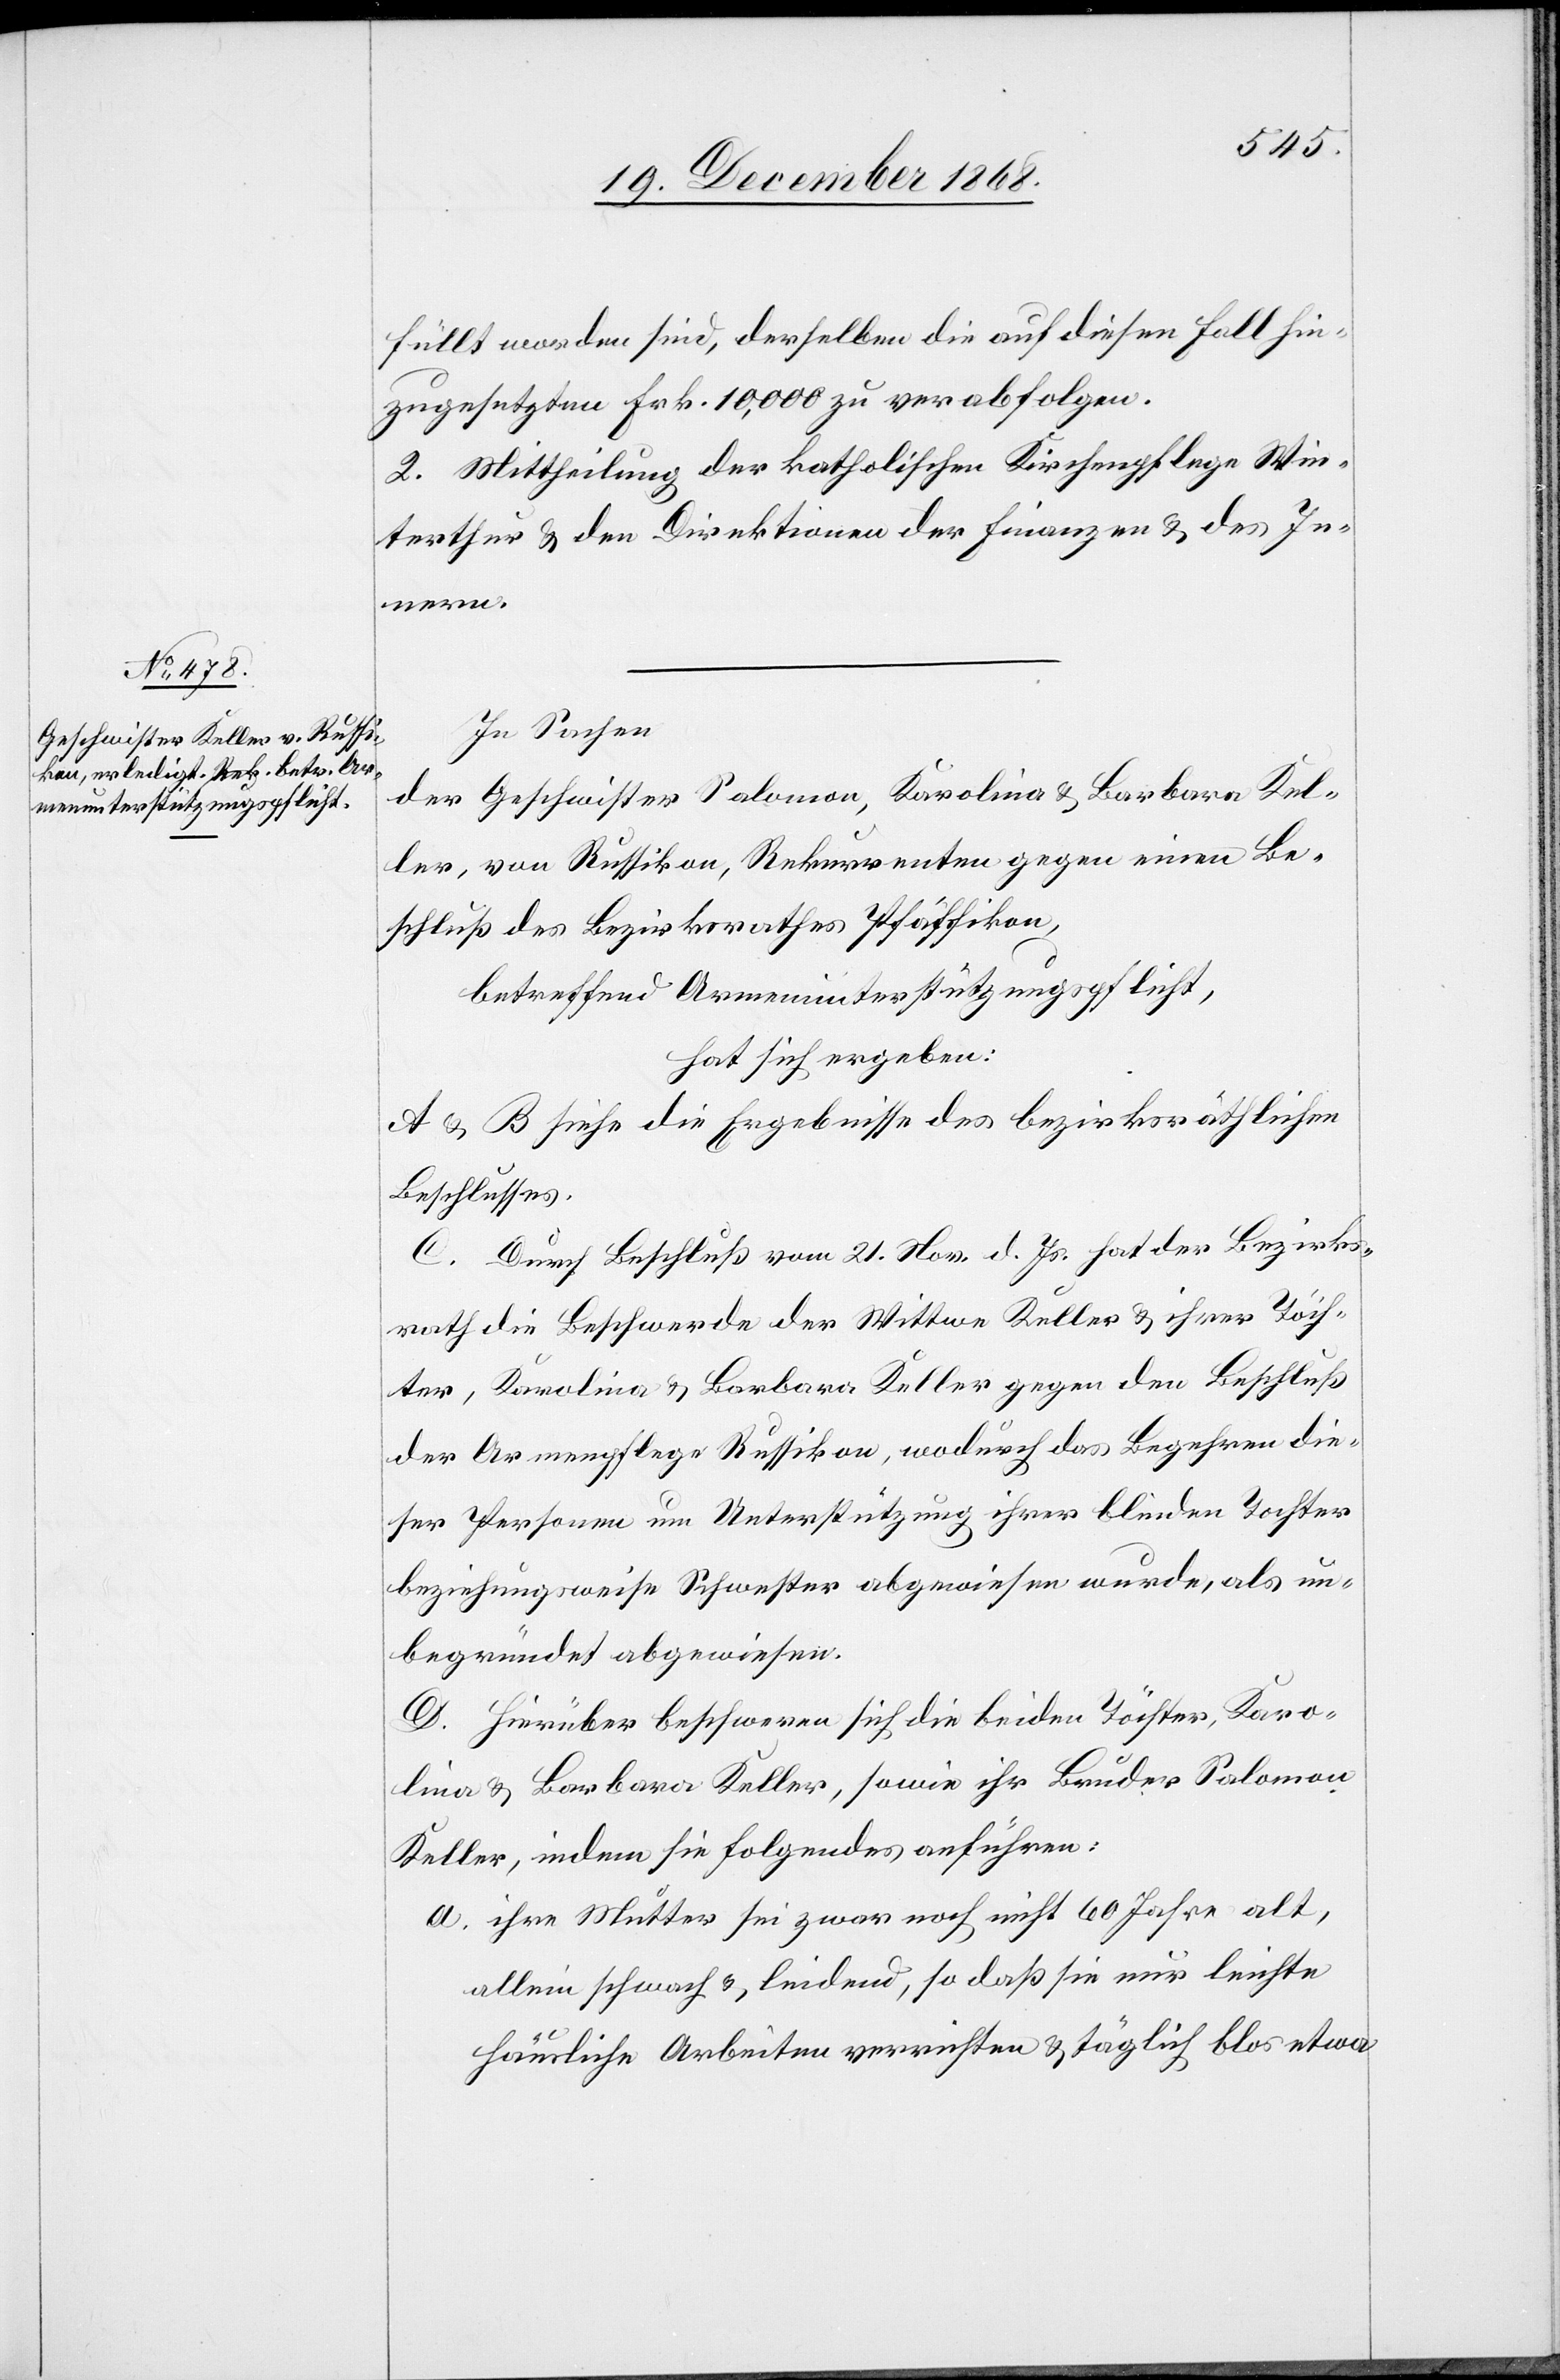
füllt worden sind, derselben die auf diesen Fall hin¬
zugesetzten Frk. 10,000 zu verabfolgen.
2. Mittheilung der katholischen Kirchenpflege Win¬
terthur & den Direktionen der Finanzen & des In¬
nern.
In Sachen
der Geschwister Salomon, Karolina & Barbara Kel¬
ler, von Russikon, Rekurrenten gegen einen Be¬
schluß des Bezirksrathes Pfäffikon,
betreffend Armenunterstützungspflicht,
hat sich ergeben:
A & B siehe die Ergebnisse des bezirksräthlichen
Beschlusses.
C. Durch Beschluß vom 21. Nov. d. Js. hat der Bezirks¬
rath die Beschwerde der Wittwe Keller & ihrer Töch¬
ter, Karolina & Barbara Keller gegen den Beschluß
der Armenpflege Russikon, wodurch das Begehren die¬
ser Personen um Unterstützung ihrer blinden Tochter
beziehungsweise Schwester abgewiesen wurde, als un¬
begründet abgewiesen.
D. Hierüber beschweren sich die beiden Töchter, Karo¬
lina & Barbara Keller, sowie ihr Bruder Salomon
Keller, indem sie folgendes anführen:
ihre Mutter sei zwar noch nicht 60 Jahre alt,
allein schwach & leidend, so daß sie nur leichte
häusliche Arbeiten verrichten & täglich blos etwa